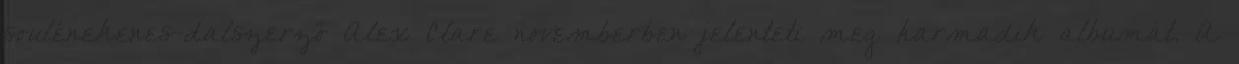
soulénekenes-dalszerző Alex Clare novemberben jelenteti meg harmadik albumát. A